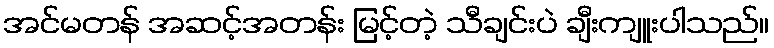
အင်မတန် အဆင့်အတန်း မြင့်တဲ့ သီချင်းပဲ ချီးကျူးပါသည်။